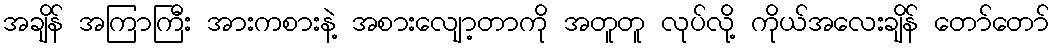
အချိန် အကြာကြီး အားကစားနဲ့ အစားလျော့တာကို အတူတူ လုပ်လို့ ကိုယ်အလေးချိန် တော်တော်